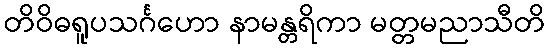
တိဝိဓရူပသင်္ဂဟော နာမန္တရိကာ မတ္တမညာသီတိ